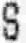
S